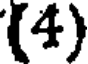
(4)